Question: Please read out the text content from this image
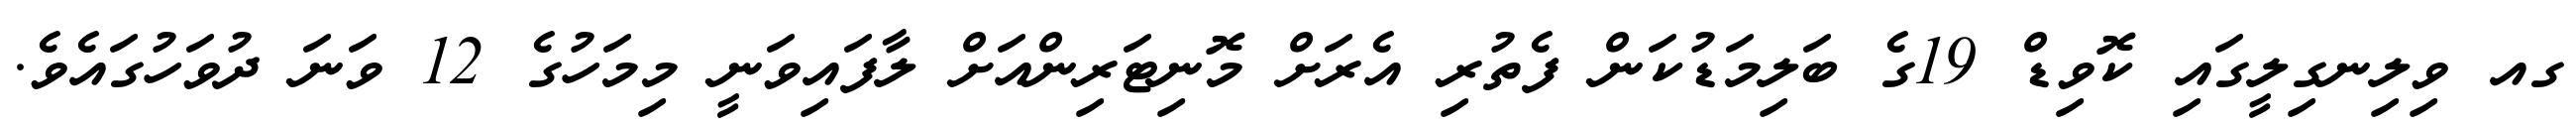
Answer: ގއ ވިލިނގިލީގައި ކޮވިޑް 19ގެ ބަލިމަޑުކަން ފެތުރި އެރަށް މޮނިޓަރިންއަށް ލާފައިވަނީ މިމަހުގެ 12 ވަނަ ދުވަހުގައެވެ.